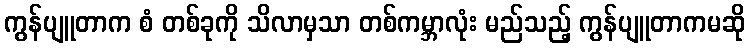
ကွန်ပျူတာက စံ တစ်ခုကို သိလာမှသာ တစ်ကမ္ဘာလုံး မည်သည့် ကွန်ပျူတာကမဆို